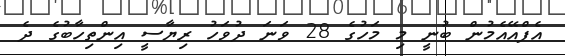
އެފްއޭއެމުން ބުނީ މި މަހުގެ 28 ވަނަ ދުވަހު ރިޔާސީ އިންތިހާބުގެ ދެ